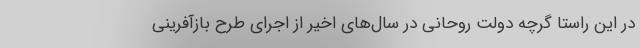
در این راستا گرچه دولت روحانی در سال‌های اخیر از اجرای طرح بازآفرینی